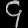
Digit: ၄